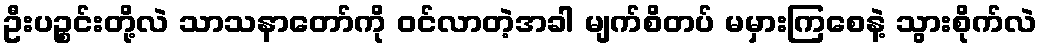
ဦးပဉ္စင်းတို့လဲ သာသနာတော်ကို ဝင်လာတဲ့အခါ မျက်စိတပ် မမှားကြစေနဲ့ သွားစိုက်လဲ